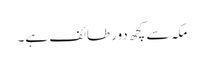
مکہ سے کچھ دور طائف ہے۔